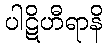
ပါဋိဟီရာနိ